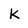
Character: k